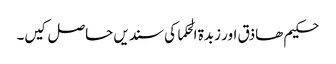
حکیم ھاذق اور زبدۃ الحکما کی سندیں حاصل کیں۔